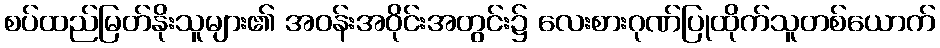
စပ်ထည်မြတ်နိုးသူများ၏ အဝန်းအဝိုင်းအတွင်း၌ လေးစားဂုဏ်ပြုထိုက်သူတစ်ယောက်